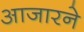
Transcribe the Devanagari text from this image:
आजारने